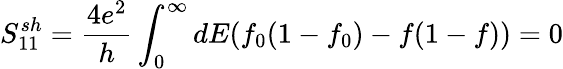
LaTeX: {S_{11}^{sh}=\frac{4e^{2}}{h}\int_{0}^{\infty}dE(f_{0}(1-f_{0})-f(1-f))=0}